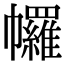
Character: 𢅾